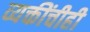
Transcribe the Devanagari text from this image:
व्यक्तींचीही